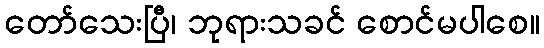
တော်သေးပြီ၊ ဘုရားသခင် စောင်မပါစေ။